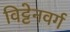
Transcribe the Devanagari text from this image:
विट्टेनवर्ग